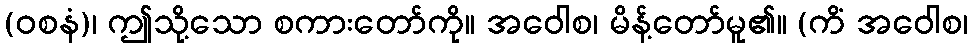
(ဝစနံ)၊ ဤသို့သော စကားတော်ကို။ အဝေါစ၊ မိန့်တော်မူ၏။ (ကိံ အဝေါစ၊